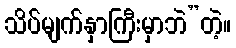
သိပ်မျက်နှာကြီးမှာဘဲ”တဲ့။